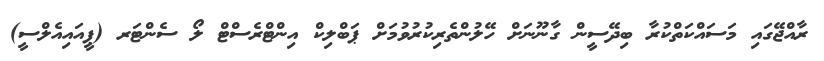
ރާއްޖޭގައި މަސައްކަތްކުރާ ބިދޭސީން ގާނޫނަށް ހޭލުންތެރިކުރުވުމަށް ޕަބްލިކް އިންޓްރެސްޓް ލޯ ސެންޓަރ (ޕީއައިއެލްސީ)